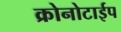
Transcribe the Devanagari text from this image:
क्रोनोटाईप